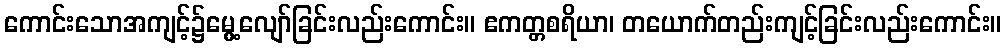
ကောင်းသောအကျင့်၌မွေ့လျော်ခြင်းလည်းကောင်း။ ဧကတ္တစရိယာ၊ တယောက်တည်းကျင့်ခြင်းလည်းကောင်း။